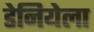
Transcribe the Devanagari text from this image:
डेनियेला